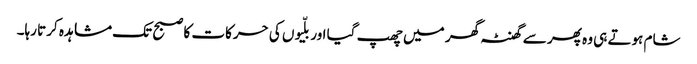
شام ہوتے ہی وہ پھر سے گھنٹہ گھر میں چھپ گیا اور بلّیوں کی حرکات کا صبح تک مشاہدہ کرتا رہا۔